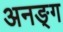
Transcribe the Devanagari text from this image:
अनङ्‌ग